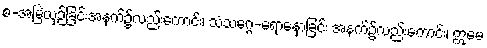
စ-အမြဲယှဉ်ခြင်းအနက်၌လည်းကောင်း၊ သံသဂ္ဂေ-ရောနှောခြင်း အနက်၌လည်းကောင်း၊ ဣမေ